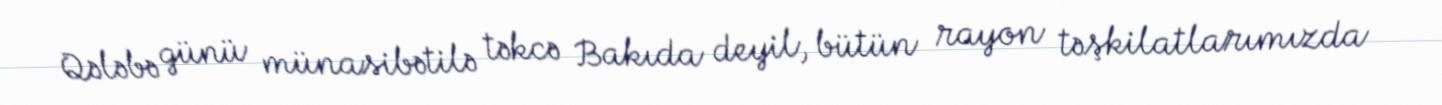
Qələbə günü münasibətilə təkcə Bakıda deyil, bütün rayon təşkilatlarımızda